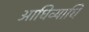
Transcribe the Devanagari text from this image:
आधिव्याधि